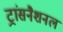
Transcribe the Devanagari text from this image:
ट्रांसनैशनल